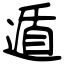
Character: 遁